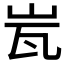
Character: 𭖋